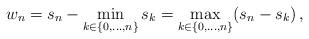
LaTeX: \begin{align*}w_n=s_n-\min_{k\in\{0,\ldots,n\}}s_k=\max_{k\in\{0,\ldots,n\}}(s_n-s_k)\,,\end{align*}